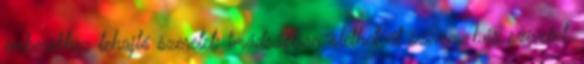
emberekhez lehajló szeretet; imádságban ölelhet át szívem, bús szíveket.